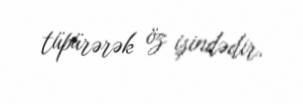
tüpürərək öz işindədir.